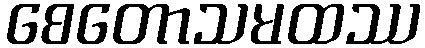
စေတောသမထဿ